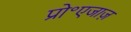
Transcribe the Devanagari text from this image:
प्रो॰एजाज़